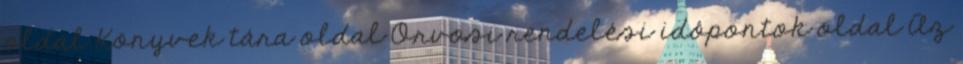
oldal Könyvek tára oldal Orvosi rendelési idôpontok oldal Az